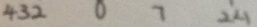
4 3 2 0 7 2 4